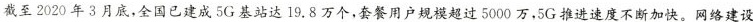
截至2020年3月底，全国已建成5G基站达19.8万个，套餐用户规模超过5000万，5G推进速度不断加快。网络建设